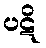
ပဋိ